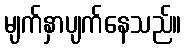
မျက်နှာပျက်နေသည်။